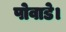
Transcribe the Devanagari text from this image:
पोवाडे।